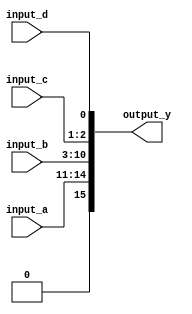
module ConcatenationContinuousAssignment (
    input wire [3:0] input_a,    // 4-bit input
    input wire [7:0] input_b,    // 8-bit input
    input wire [1:0] input_c,    // 2-bit input
    input wire input_d,           // 1-bit input
    output wire [15:0] output_y   // 16-bit output
);

// Continuous assignment for concatenation
assign output_y = {input_a, input_b, input_c, input_d};

endmodule